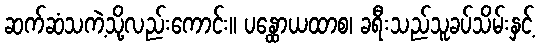
ဆက်ဆံသကဲ့သို့လည်းကောင်း။ ပန္ထောယထာစ၊ ခရီးသည်သူခပ်သိမ်းနှင့်